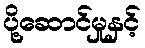
ပို့ဆောင်မှုနှင့်